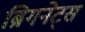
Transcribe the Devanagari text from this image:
ब्रिगनेट्स